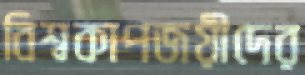
বিশ্বকাপজয়ীদের